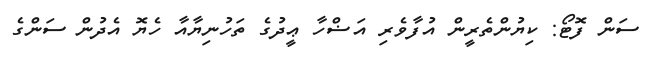
ސަން ފޮޓޯ: ކިޔުންތެރީން އުފާވެރި އަޟްހާ ޢީދުގެ ތަހުނިޔާއާ ހެޔޮ އެދުން ސަންގެ